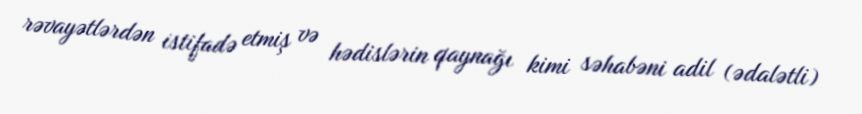
rəvayətlərdən istifadə etmiş və hədislərin qaynağı kimi səhabəni adil (ədalətli)